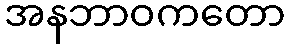
အနဘာဝကတော